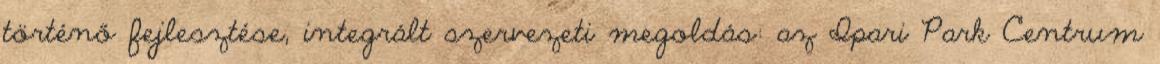
történő fejlesztése, integrált szervezeti megoldás: az Ipari Park Centrum